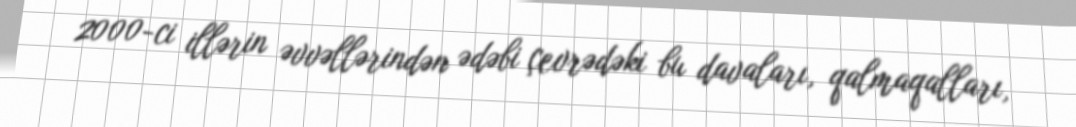
2000-ci illərin əvvəllərindən ədəbi çevrədəki bu davaları, qalmaqalları,